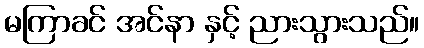
မကြာခင် အင်နာ နှင့် ညားသွားသည်။